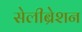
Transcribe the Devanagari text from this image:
सेलीब्रेशन